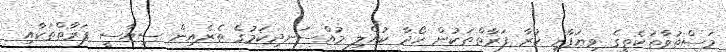
މަސްތުވާތަކެތީގެ ވިޔަފާރި ކުރާ ފަރާތްތަކުން ހޯދާ ކުއްލި މުއްސަނދިކަމުގެ ތެރެއިން ސިޔާސީ ފަރާތްތަކާއި